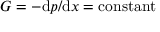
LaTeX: G = - \mathrm { d } p / \mathrm { d } x = { \mathrm { c o n s t a n t } }